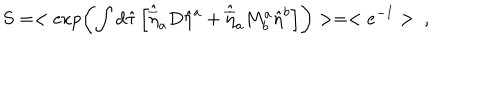
S = < \exp \left( \int d \hat { \tau } \left[ \hat { \overline { { { \eta } } } } _ { a } D \hat { \eta } ^ { a } + \hat { \overline { { { \eta } } } } _ { a } M _ { b } ^ { a } \hat { \eta } ^ { b } \right] \right) > = < e ^ { - I } > \ ,